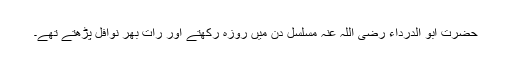
حضرت ابو الدرداء رضی اللہ عنہ مسلسل دن میں روزہ رکھتے اور رات بھر نوافل پڑھتے تھے۔